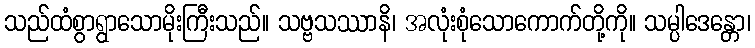
သည်ထံစွာရွာသောမိုးကြီးသည်။ သဗ္ဗသဿာနိ၊ အလုံးစုံသောကောက်တို့ကို။ သမ္ပါဒေန္တော၊